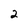
Character: 2